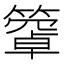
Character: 𥴄